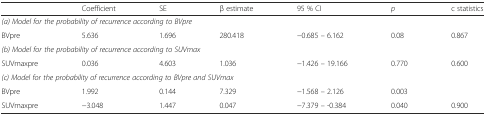
<table><thead><tr><td>[EMPTY_CELL]</td><td><b>Coefficient</b></td><td><b>SE</b></td><td><b>β estimate</b></td><td><b>95 % CI</b></td><td><b><i>p</i></b></td><td><b>c statistics</b></td></tr></thead><tbody><tr><td colspan="7"><i>(a) Model for the probability of recurrence according to BVpre</i></td></tr><tr><td>BVpre</td><td>5.636</td><td>1.696</td><td>280.418</td><td>−0.685 – 6.162</td><td>0.08</td><td>0.867</td></tr><tr><td colspan="7"><i>(b) Model for the probability of recurrence according to SUVmax</i></td></tr><tr><td>SUVmaxpre</td><td>0.036</td><td>4.603</td><td>1.036</td><td>−1.426 – 19.166</td><td>0.770</td><td>0.600</td></tr><tr><td colspan="7"><i>(c) Model for the probability of recurrence according to BVpre and SUVmax</i></td></tr><tr><td>BVpre</td><td>1.992</td><td>0.144</td><td>7.329</td><td>−1.568 – 2.126</td><td>0.003</td><td>[EMPTY_CELL]</td></tr><tr><td>SUVmaxpre</td><td>−3.048</td><td>1.447</td><td>0.047</td><td>−7.379 – -0.384</td><td>0.040</td><td>0.900</td></tr></tbody></table>